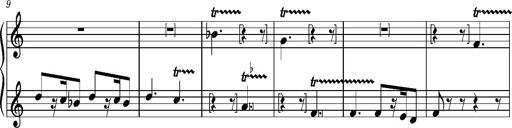
Title: La mandragore
Composer: Franz Liszt